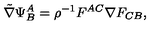
{ \tilde { \nabla } } \Psi _ { B } ^ { A } = \rho ^ { - 1 } F ^ { A C } \nabla F _ { C B } ,